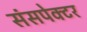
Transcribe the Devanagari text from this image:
संसपेक्टर